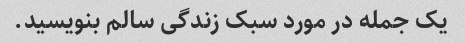
یک جمله در مورد سبک زندگی سالم بنویسید.